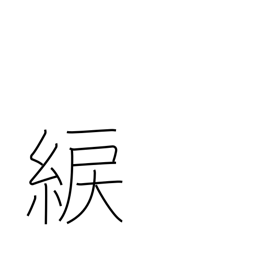
Meaning: yellowish green